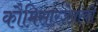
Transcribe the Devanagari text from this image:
कौमिसारजेवस्की